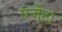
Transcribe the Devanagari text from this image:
एजेंटा